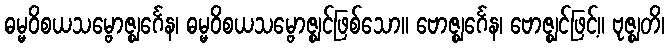
ဓမ္မဝိစယသမ္ဗောဇ္ဈင်္ဂေန၊ ဓမ္မဝိစယသမ္ဗောဇ္ဈင်ဖြစ်သော။ ဗောဇ္ဈင်္ဂေန၊ ဗောဇ္ဈင်ဖြင့်။ ဗုဇ္ဈတိ၊